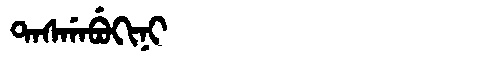
Manchu: ᡨᠠᠰᡤᠠᠪᡠᡴᡳᠨᡳ
Romanization: TASGABUKINI